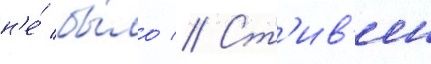
н'е́ бы́ло // Ст'ив'ен